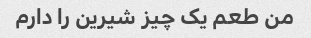
من طعم یک چیز شیرین را دارم